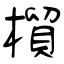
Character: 橮